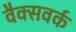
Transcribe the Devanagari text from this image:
वैक्सवर्क